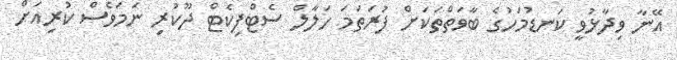
އޭނާ ވިދާޅުވީ ކަނޑުމަހުގެ ބާވަތްތަކަށް ފުރަތަމަ ހަލާލް ސެޓްފިކެޓް ދޫކުރި ނަމަވެސް ކުރިއަށް